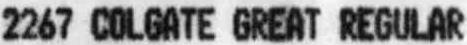
2267 COLGATE GREAT REGULAR